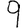
Digit: 9